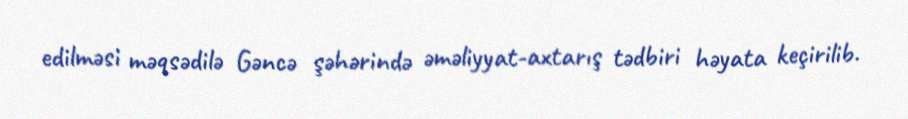
edilməsi məqsədilə Gəncə şəhərində əməliyyat-axtarış tədbiri həyata keçirilib.